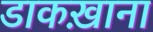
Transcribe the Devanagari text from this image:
डाकख़ाना